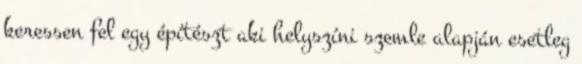
keressen fel egy építészt aki helyszíni szemle alapján esetleg